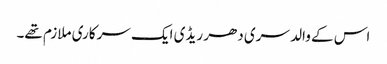
اس کے والد سری دھر ریڈی ایک سرکاری ملازم تھے۔